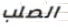
الصلب